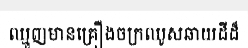
ឈ្មួញមានគ្រឿងចក្រឈូសឆាយដីដ៏